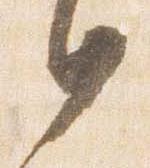
日